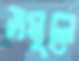
সমূলে